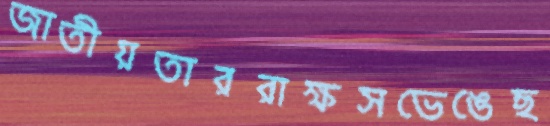
জাতীয়তাররাক্ষসভেঙেছ